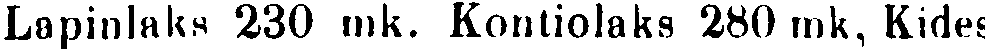
Lapinlaks 230 mk. Kontiolaks 280 mk, Kides